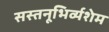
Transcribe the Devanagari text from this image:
सस्तनूभिर्व्यशेम